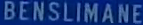
BENSILIMANE